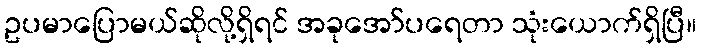
ဥပမာပြောမယ်ဆိုလို့ရှိရင် အခုအော်ပရေတာ သုံးယောက်ရှိပြီ။